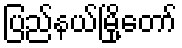
ပြည်နယ်မြို့တော်